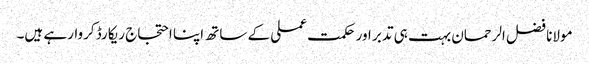
مولانا فضل الرحمان بہت ہی تدبر اور حکمت عملی کے ساتھ اپنا احتجاج ریکارڈ کروارہے ہیں۔